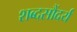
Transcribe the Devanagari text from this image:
शब्दसौंदर्य